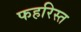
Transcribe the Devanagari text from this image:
फहरिस्त